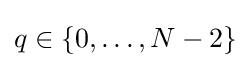
q\in {}\{0,\dots ,N-2\}